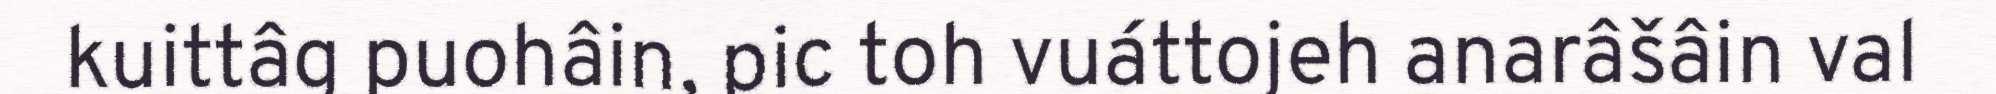
kuittâg puohâin, pic toh vuáttojeh anarâšâin val